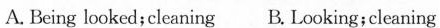
A. Being looked;cleaning B. Looking;cleaning